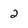
Character: 2